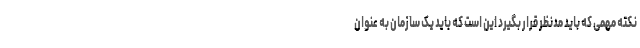
نکته مهمی که باید مدنظر قرار بگیرد این است که باید یک سازمان به عنوان